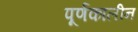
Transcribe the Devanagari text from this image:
पूर्णकालीन